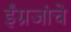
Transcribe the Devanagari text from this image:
ईंग्रजांचे